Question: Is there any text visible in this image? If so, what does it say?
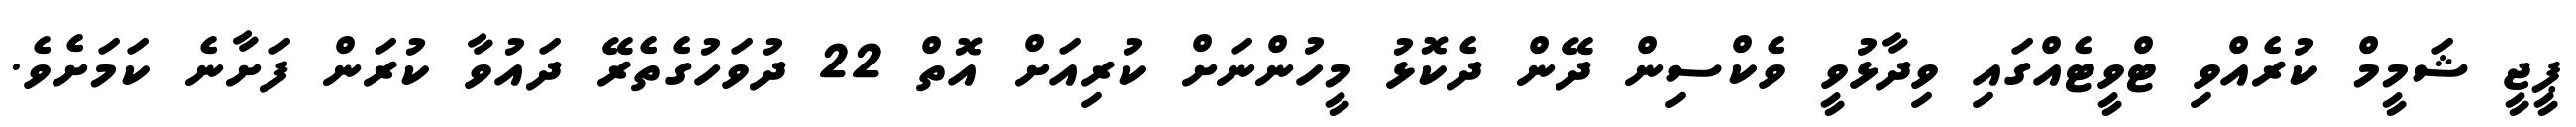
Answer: ޕީޖީ ޝަމީމް ކުރެއްވި ޓްވީޓެއްގައި ވިދާޅުވީ ވެކްސިން ދޭން ދެކޮޅު މީހުންނަށް ކުރިއަށް އޮތް 22 ދުވަހުގެތެރޭ ދައުވާ ކުރަން ފަށާނެ ކަމަށެވެ.